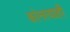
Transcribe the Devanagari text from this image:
कोनत्याही